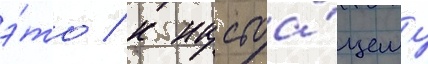
э́то / к настоа́щему